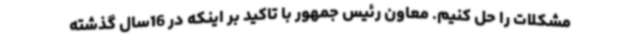
مشکلات را حل کنیم. معاون رئیس جمهور با تاکید بر اینکه در 16سال گذشته